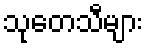
သုတေသီများ